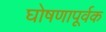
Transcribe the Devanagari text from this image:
घोषणापूर्वक